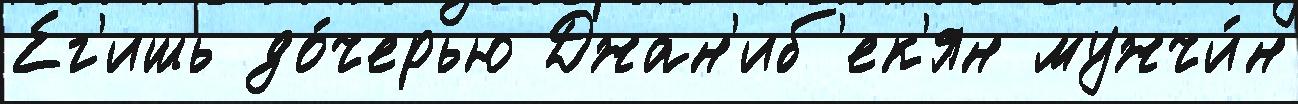
Ег'ишь до́черью Джан'иб'ек'ян мужчи́н